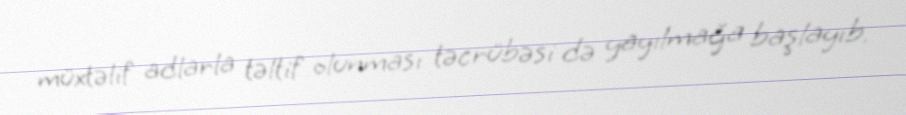
müxtəlif adlarla təltif olunması təcrübəsi də yayılmağa başlayıb.